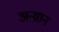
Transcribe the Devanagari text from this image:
अन्ग्रान